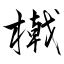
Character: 橶